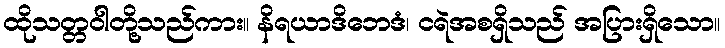
ထိုသတ္တဝါတို့သည်ကား။ နိရယာဒိဘေဒံ၊ ငရဲအစရှိသည် အပြားရှိသော။